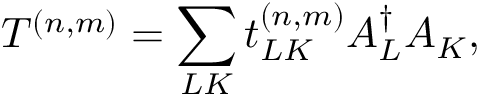
T ^ { ( n , m ) } = \sum _ { L K } t _ { L K } ^ { ( n , m ) } A _ { L } ^ { \dagger } A _ { K } ,